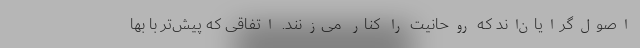
اصول‌گرایان‌اند که روحانیت را کنار می‌زنند. اتفاقی که پیش‌تر با بها